Lunatic asylums Central Provinces reports 1895-1909 - 1895-1909
Year: 1895
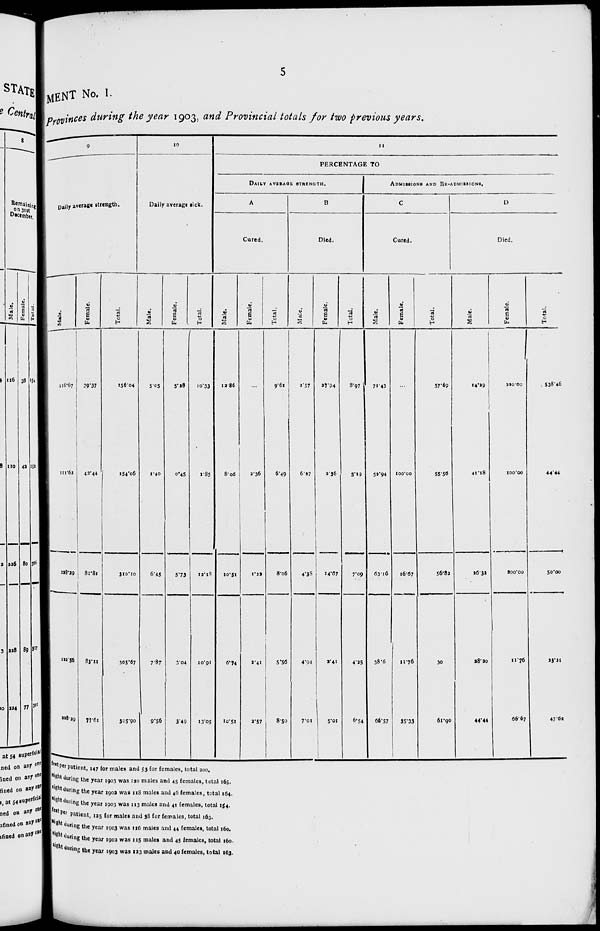
5
MENT No. 1.
Provinces during the year 1903, and Provincial totals for two previous years.
9
Daily average strength.
Male.
116.67
111.62
228.29
222.56
228.29
Female.
39.37
42.44
81.81
83.11
77.61
Total.
156.04
154.06
310.10
305.67
305.90
10
Daily average sick.
Male.
5.05
1.40
6.45
7.87
9.56
Female.
5.28
0.45
5.73
3.04
3.49
Total.
10.33
1.85
12.18
10.91
13.05
11
PERCENTAGE TO
DAILY
AVERAGE
STRENGTH.
A
Cured.
Male.
12.86
8.06
10.51
6.74
10.51
Female.
...
2.36
1.22
2.41
2.57
Total.
9.61
6.49
8.06
5.56
8.50
B
Died.
Male.
2.57
6.27
4.38
4.94
7.01
Female.
27.94
2.36
14.67
2.41
5.01
Total.
3.97
5.19
7.09
4.25
6.54
ADMISSIONS AND RE-ADMISSIONS.
C
Cured.
Male.
71.43
52.94
63.16
38.6
66.57
Female.
...
100.00
16.67
11.76
35.33
Total.
57.69
55.56
56.82
30
61.90
D
Died.
Male.
14.29
41.18
26.32
28.20
44.44
Female.
220.00
100.00
200.00
11.76
66.67
Total.
538.46
44.44
50.00
23.21
47.62
feet per patient, 147 for males and 53 for females, total 200.
night during the year 1903 was 120 males and 45 females, total 165.
night during the year 1902 was 118 males and 46 females, total 164.
night during the year 1903 was 113 males and 41 females, total 154.
feet per patient, 125 for males and 38 for females, total 163.
night during the year 1903 was 116 males and 44 females, total 160.
night during the year 1902 was 115 males and 45 females, total 160.
night during the year 1903 was 123 males and 40 females, total 163.